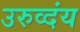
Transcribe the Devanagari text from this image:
उरुव्दंय